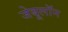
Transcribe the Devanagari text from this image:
जेबूलॉन